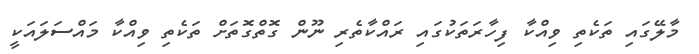
މާލޭގައި ތަކެތި ވިއްކާ ފިހާރަތަކުގައި ރައްކާތެރި ނޫން ގޮތްގޮތަށް ތަކެތި ވިއްކާ މައްސަލައަކީ